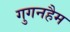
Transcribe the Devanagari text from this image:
गुगनहैम